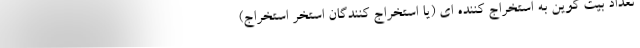
تعداد بیت کوین به استخراج کننده ای (یا استخراج کنندگان استخر استخراج)